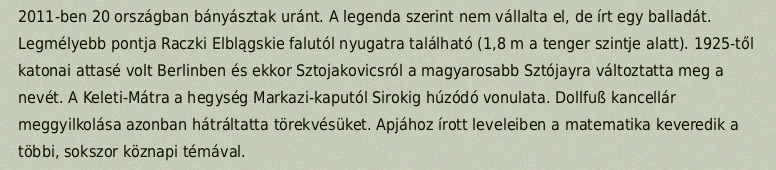
2011-ben 20 országban bányásztak uránt. A legenda szerint nem vállalta el, de írt egy balladát. Legmélyebb pontja Raczki Elblągskie falutól nyugatra található (1,8 m a tenger szintje alatt). 1925-től katonai attasé volt Berlinben és ekkor Sztojakovicsról a magyarosabb Sztójayra változtatta meg a nevét. A Keleti-Mátra a hegység Markazi-kaputól Sirokig húzódó vonulata. Dollfuß kancellár meggyilkolása azonban hátráltatta törekvésüket. Apjához írott leveleiben a matematika keveredik a többi, sokszor köznapi témával.